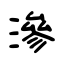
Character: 滲